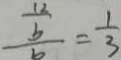
\frac { \frac { 1 3 } { b } } { b } = \frac { 1 } { 3 }